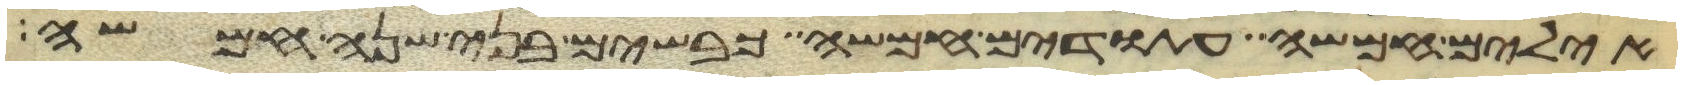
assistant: אילים חמשה עתודים חמשה כבשים בני שנה חמשה